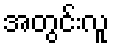
အတွင်းလူ